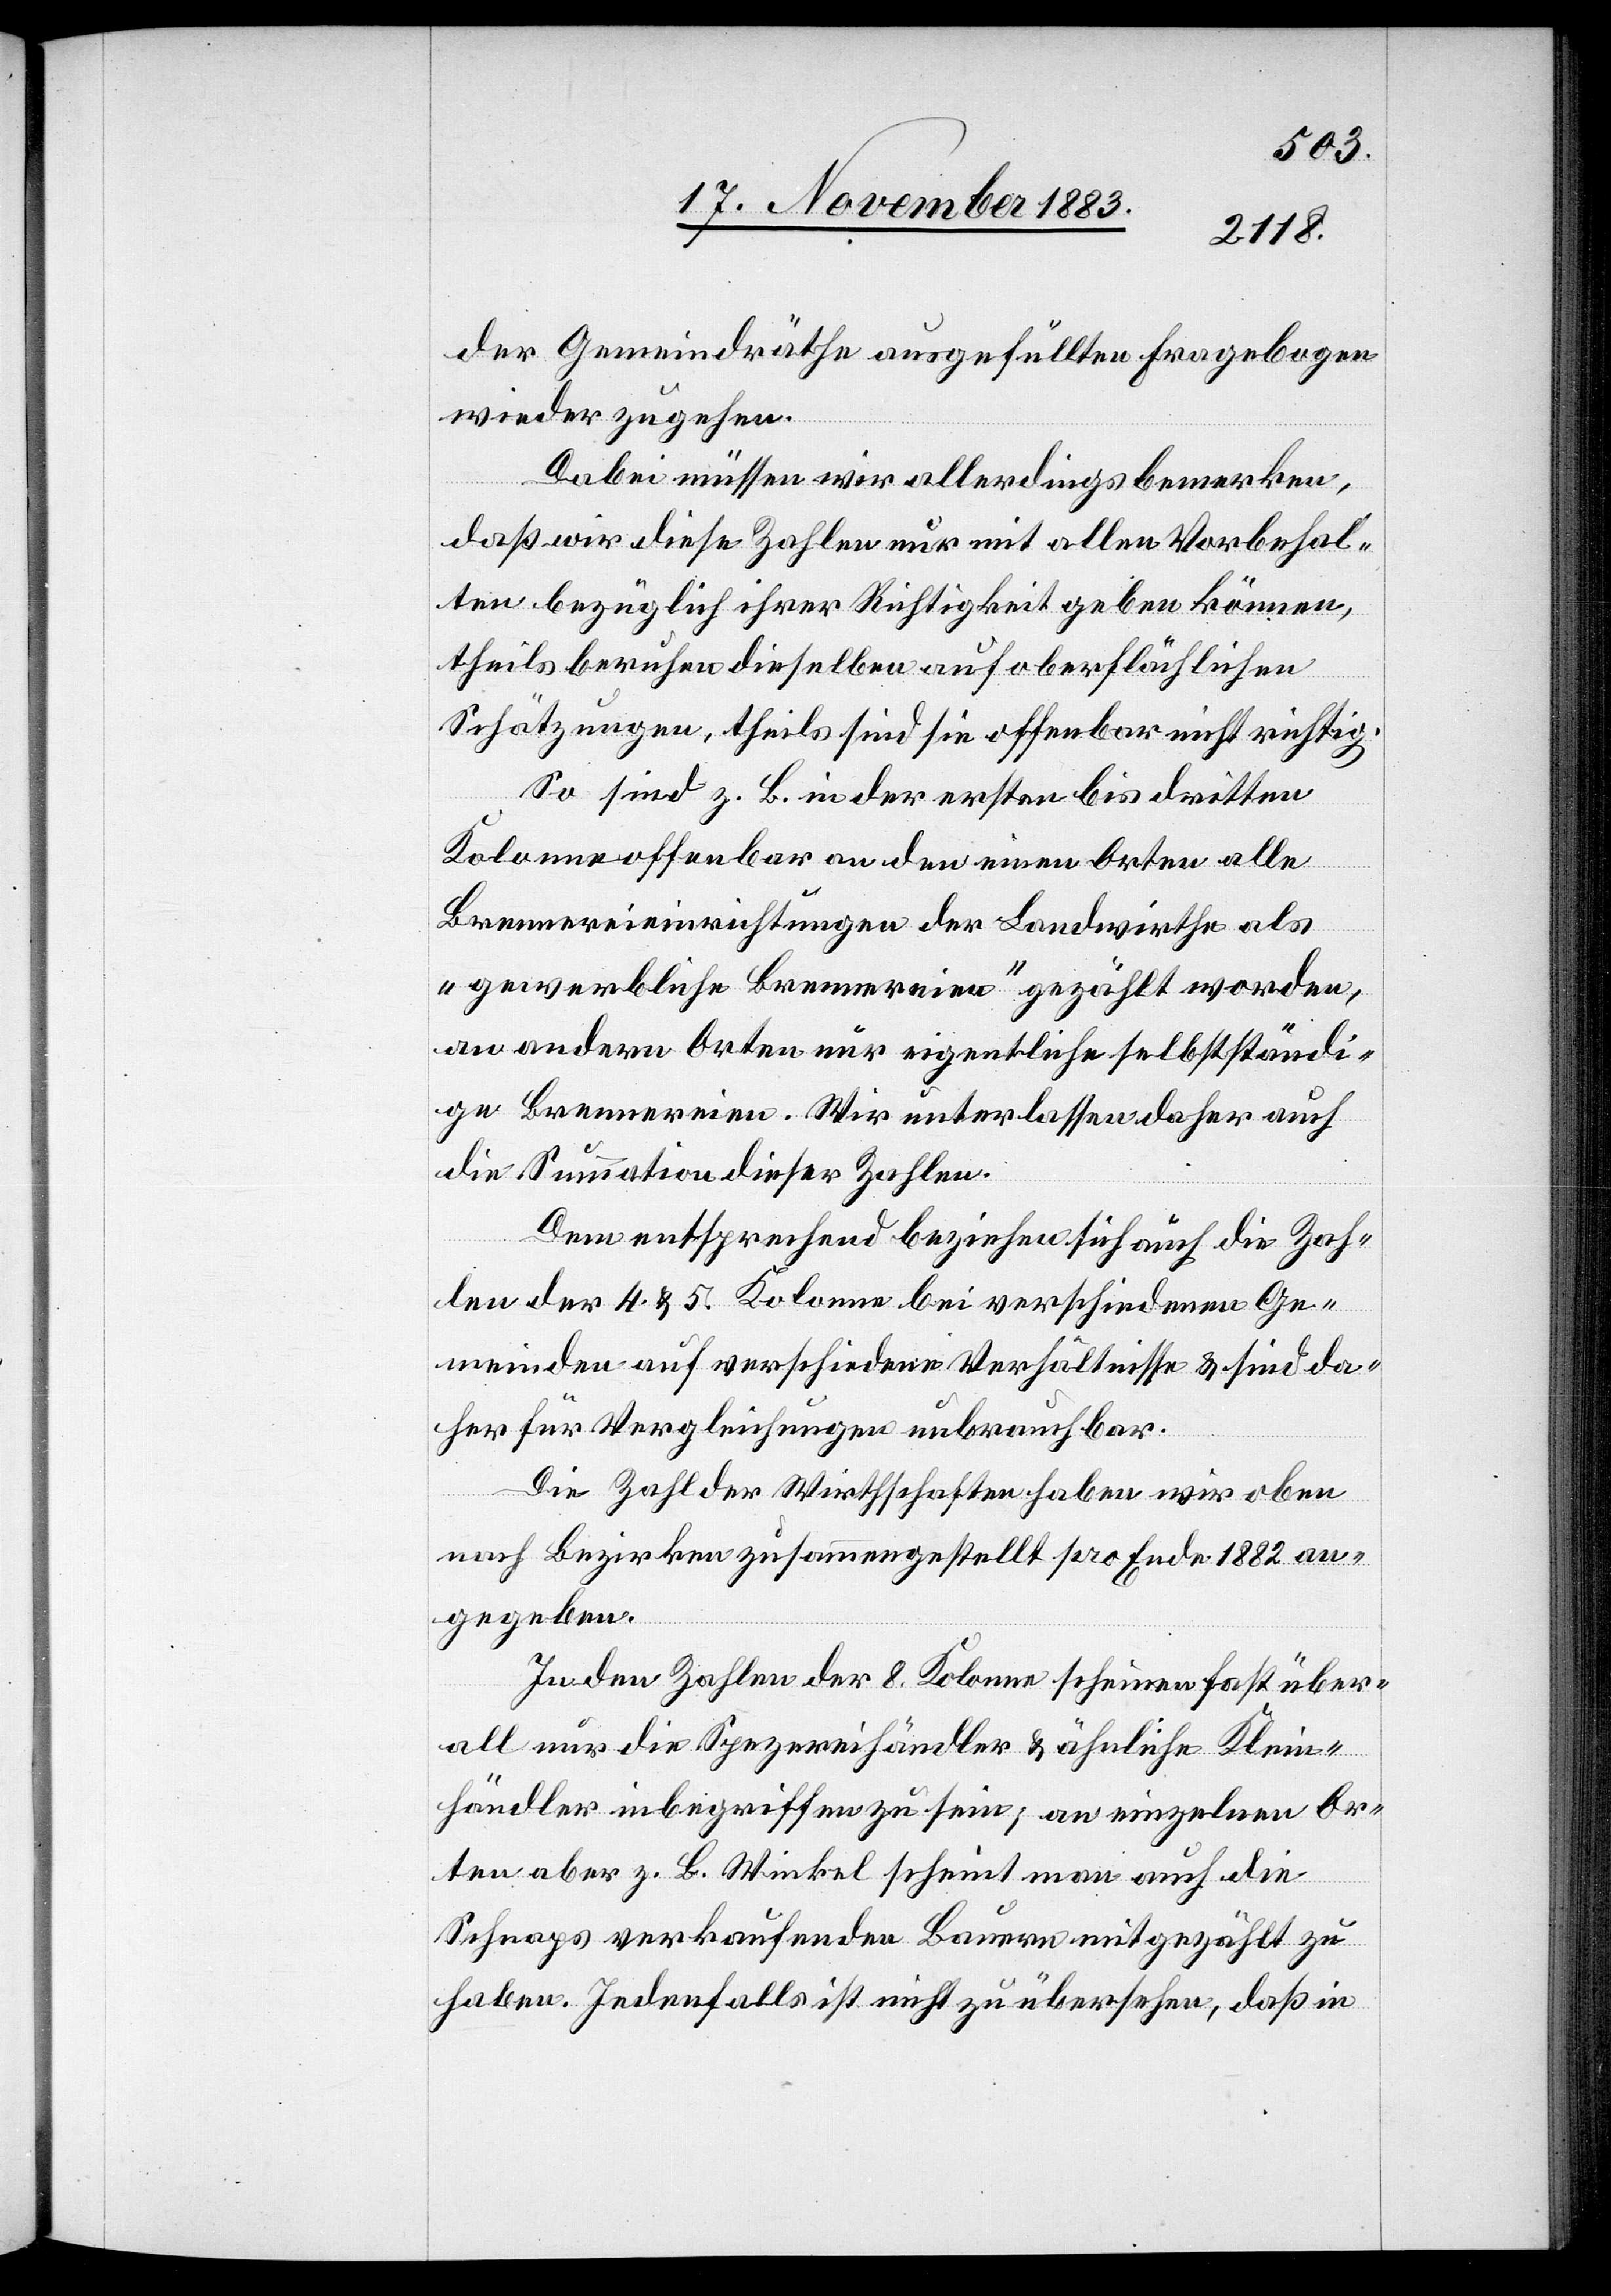
der Gemeindräthe ausgefüllten Fragebogen
wieder zugehen.
Dabei müssen wir allerdings bemerken,
daß wir diese Zahlen nur mit allen Vorbehal¬
ten bezüglich ihrer Richtigkeit geben können,
theils beruhen dieselben auf oberflächlichen
Schätzungen, theils sind sie offenbar nicht richtig.
So sind z. B. in der ersten bis dritten
Kolonne offenbar an den einen Orten alle
Brennereieinrichtungen der Landwirthe als
„gewerbliche Brennereien“ gezählt worden,
an andern Orten nur eigentliche selbstständi¬
ge Brennereien. Wir unterlassen daher auch
die Summation dieser Zahlen.
Dem entsprechend beziehen sich auch die Zah¬
len der 4. & 5. Kolonne bei verschiedenen Ge¬
meinden auf verschiedene Verhältnisse & sind da¬
her für Vergleichungen unbrauchbar.
Die Zahl der Wirthschaften haben wir oben
nach Bezirken zusammengestellt pro Ende 1882 an¬
gegeben.
In den Zahlen der 8. Kolonne scheinen fast über¬
all nur die Spezereihändler & ähnliche Klein¬
händler inbegriffen zu sein; an einzelnen Or¬
ten aber z. B. Winkel scheint man auch die
Schnaps verkaufenden Bauern mitgezählt zu
haben. Jedenfalls ist nicht zu übersehen, daß in